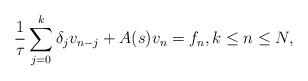
LaTeX: \begin{align*}\frac1\tau \sum_{j=0}^k \delta_j v_{n-j} + A(s) v_n = f_n,k\le n\le N ,\end{align*}